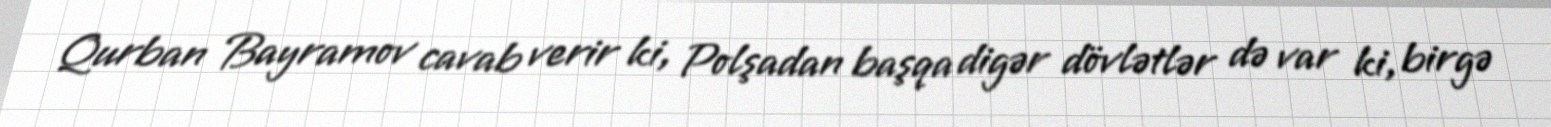
Qurban Bayramov cavab verir ki, Polşadan başqa digər dövlətlər də var ki, birgə